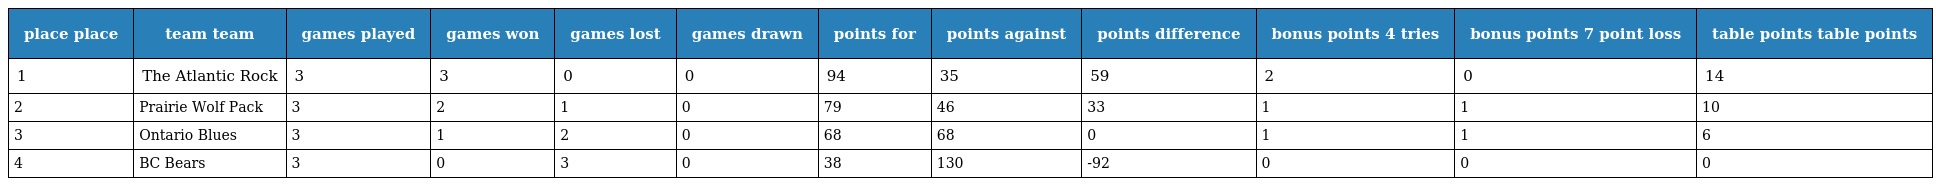
| place place | team team | games played | games won | games lost | games drawn | points for | points against | points difference | bonus points 4 tries | bonus points 7 point loss | table points table points |
 | --- | --- | --- | --- | --- | --- | --- | --- | --- | --- | --- | --- |
 | 1 | The Atlantic Rock | 3 | 3 | 0 | 0 | 94 | 35 | 59 | 2 | 0 | 14 |
 | 2 | Prairie Wolf Pack | 3 | 2 | 1 | 0 | 79 | 46 | 33 | 1 | 1 | 10 |
 | 3 | Ontario Blues | 3 | 1 | 2 | 0 | 68 | 68 | 0 | 1 | 1 | 6 |
 | 4 | BC Bears | 3 | 0 | 3 | 0 | 38 | 130 | -92 | 0 | 0 | 0 |